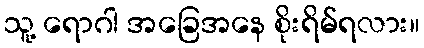
သူ့ ရောဂါ အခြေအနေ စိုးရိမ်ရလား။